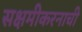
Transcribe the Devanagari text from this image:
सक्षमीकरनाची